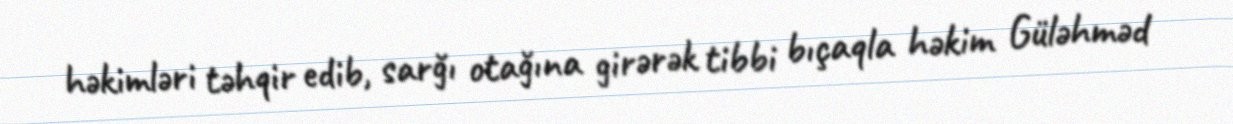
həkimləri təhqir edib, sarğı otağına girərək tibbi bıçaqla həkim Güləhməd